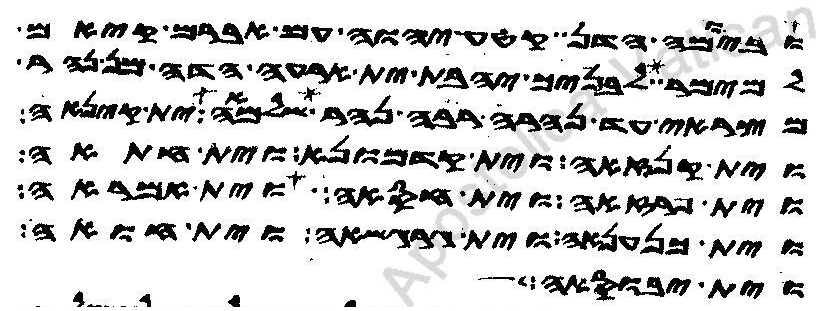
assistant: ביומה הדן קטע יהוה עם אברם קיאם
למימר לבניך יהבת ית ארעה הדה מן נהר
מצראי עד נהרה רבה נהר שלמאה ית קינאה
וית קנזאה וית קדמונא וית חתאה
וית פרזאה וית חסאה וית אמראה
וית כנענאה וית גרגשאה וית חואה
וית יבוסאה